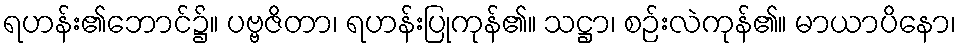
ရဟန်း၏ဘောင်၌။ ပဗ္ဗဇိတာ၊ ရဟန်းပြုကုန်၏။ သဋ္ဌာ၊ စဉ်းလဲကုန်၏။ မာယာပိနော၊